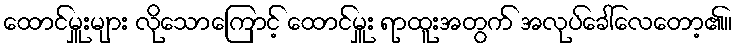
ထောင်မှူးများ လိုသောကြောင့် ထောင်မှူး ရာထူးအတွက် အလုပ်ခေါ်လေတော့၏။